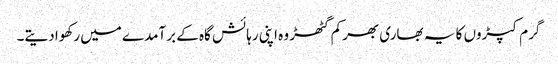
گرم کپڑوں کا یہ بھاری بھرکم گٹھڑ وہ اپنی رہائش گاہ کے برآمدے میں رکھوا دیتے۔